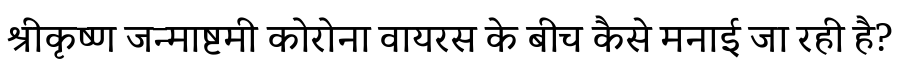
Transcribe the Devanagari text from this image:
श्रीकृष्ण जन्माष्टमी कोरोना वायरस के बीच कैसे मनाई जा रही है?